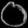
Digit: ၀